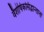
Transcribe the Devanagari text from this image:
वैशेषिकसिद्धान्तानां